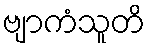
ဗျာကံသူတိ